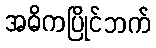
အဓိကပြိုင်ဘက်